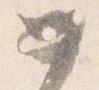
如